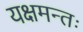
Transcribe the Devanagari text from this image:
यक्षमन्तः